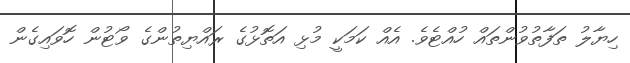
ހިޔާލު ތަފާތުވުންތައް ހުއްޓެވެ. އެއް ކަމަކީ މުޅި އަތޮޅުގެ ރައްޔިތުންގެ ވޯޓުން ހޮވައިގެން